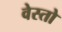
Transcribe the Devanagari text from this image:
वेस्तो